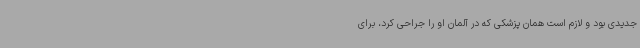
جدیدی بود و لازم است همان پزشکی که در آلمان او را جراحی کرد، برای